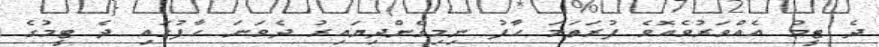
ދެ ޓީމު އެއްވަރުވެއޮވެ ފުރަތަމަ ހާފު ނިމިގެންދިޔައިރު ދެވަނަ ހާފުގައި ދެ ޓީމުގެ